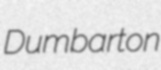
Dumbarton